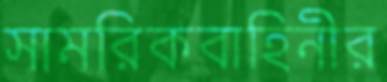
সামরিকবাহিনীর